Source: Handwritten
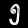
Digit: ၅ (5)